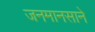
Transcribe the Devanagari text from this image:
जनमानसाने